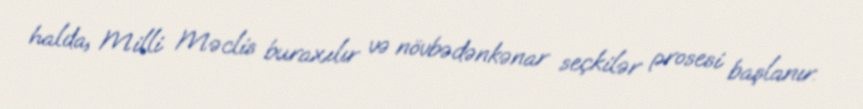
halda, Milli Məclis buraxılır və növbədənkənar seçkilər prosesi başlanır.